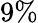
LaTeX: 9\%